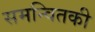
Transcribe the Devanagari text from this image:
समन्वितकी